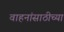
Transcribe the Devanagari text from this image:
वाहनांसाठीच्या